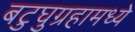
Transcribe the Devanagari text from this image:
बटुघुग्रहामध्ये